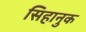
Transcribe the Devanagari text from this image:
सिहानुक